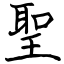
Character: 聖